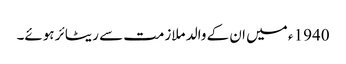
1940 ء میں ان کے والد ملازمت سے ریٹائر ہوئے۔